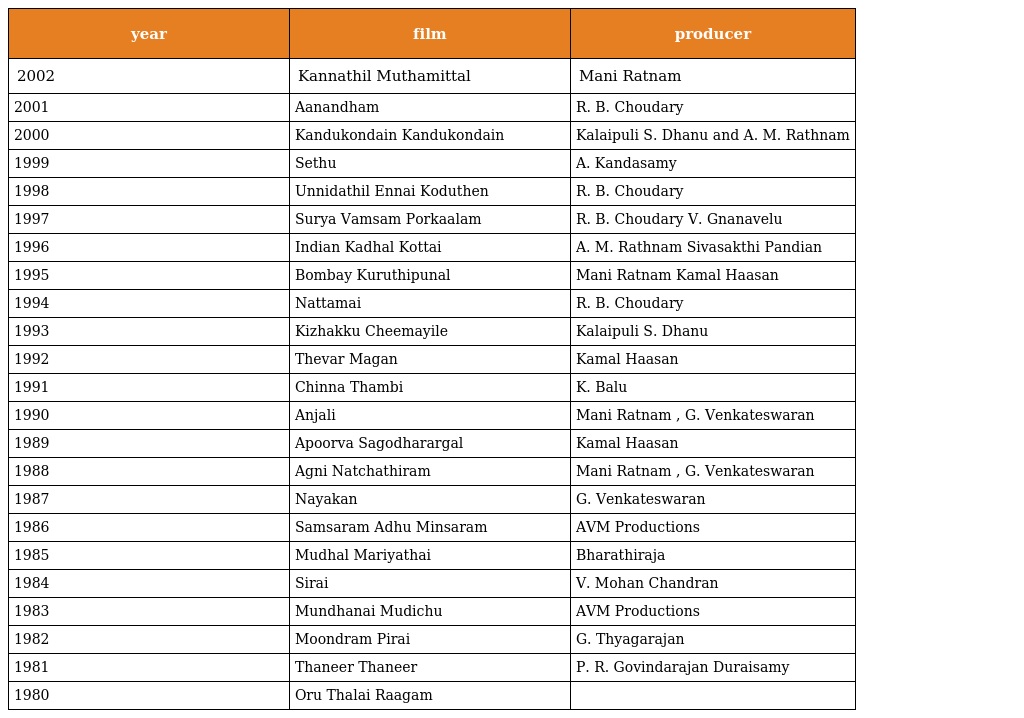
| year | film | producer |
 | --- | --- | --- |
 | 2002 | Kannathil Muthamittal | Mani Ratnam |
 | 2001 | Aanandham | R. B. Choudary |
 | 2000 | Kandukondain Kandukondain | Kalaipuli S. Dhanu and A. M. Rathnam |
 | 1999 | Sethu | A. Kandasamy |
 | 1998 | Unnidathil Ennai Koduthen | R. B. Choudary |
 | 1997 | Surya Vamsam Porkaalam | R. B. Choudary V. Gnanavelu |
 | 1996 | Indian Kadhal Kottai | A. M. Rathnam Sivasakthi Pandian |
 | 1995 | Bombay Kuruthipunal | Mani Ratnam Kamal Haasan |
 | 1994 | Nattamai | R. B. Choudary |
 | 1993 | Kizhakku Cheemayile | Kalaipuli S. Dhanu |
 | 1992 | Thevar Magan | Kamal Haasan |
 | 1991 | Chinna Thambi | K. Balu |
 | 1990 | Anjali | Mani Ratnam , G. Venkateswaran |
 | 1989 | Apoorva Sagodharargal | Kamal Haasan |
 | 1988 | Agni Natchathiram | Mani Ratnam , G. Venkateswaran |
 | 1987 | Nayakan | G. Venkateswaran |
 | 1986 | Samsaram Adhu Minsaram | AVM Productions |
 | 1985 | Mudhal Mariyathai | Bharathiraja |
 | 1984 | Sirai | V. Mohan Chandran |
 | 1983 | Mundhanai Mudichu | AVM Productions |
 | 1982 | Moondram Pirai | G. Thyagarajan |
 | 1981 | Thaneer Thaneer | P. R. Govindarajan Duraisamy |
 | 1980 | Oru Thalai Raagam |  |